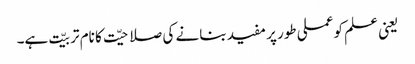
یعنی علم کو عملی طور پر مفید بنانے کی صلاحیّت کا نام تربیّت ہے۔